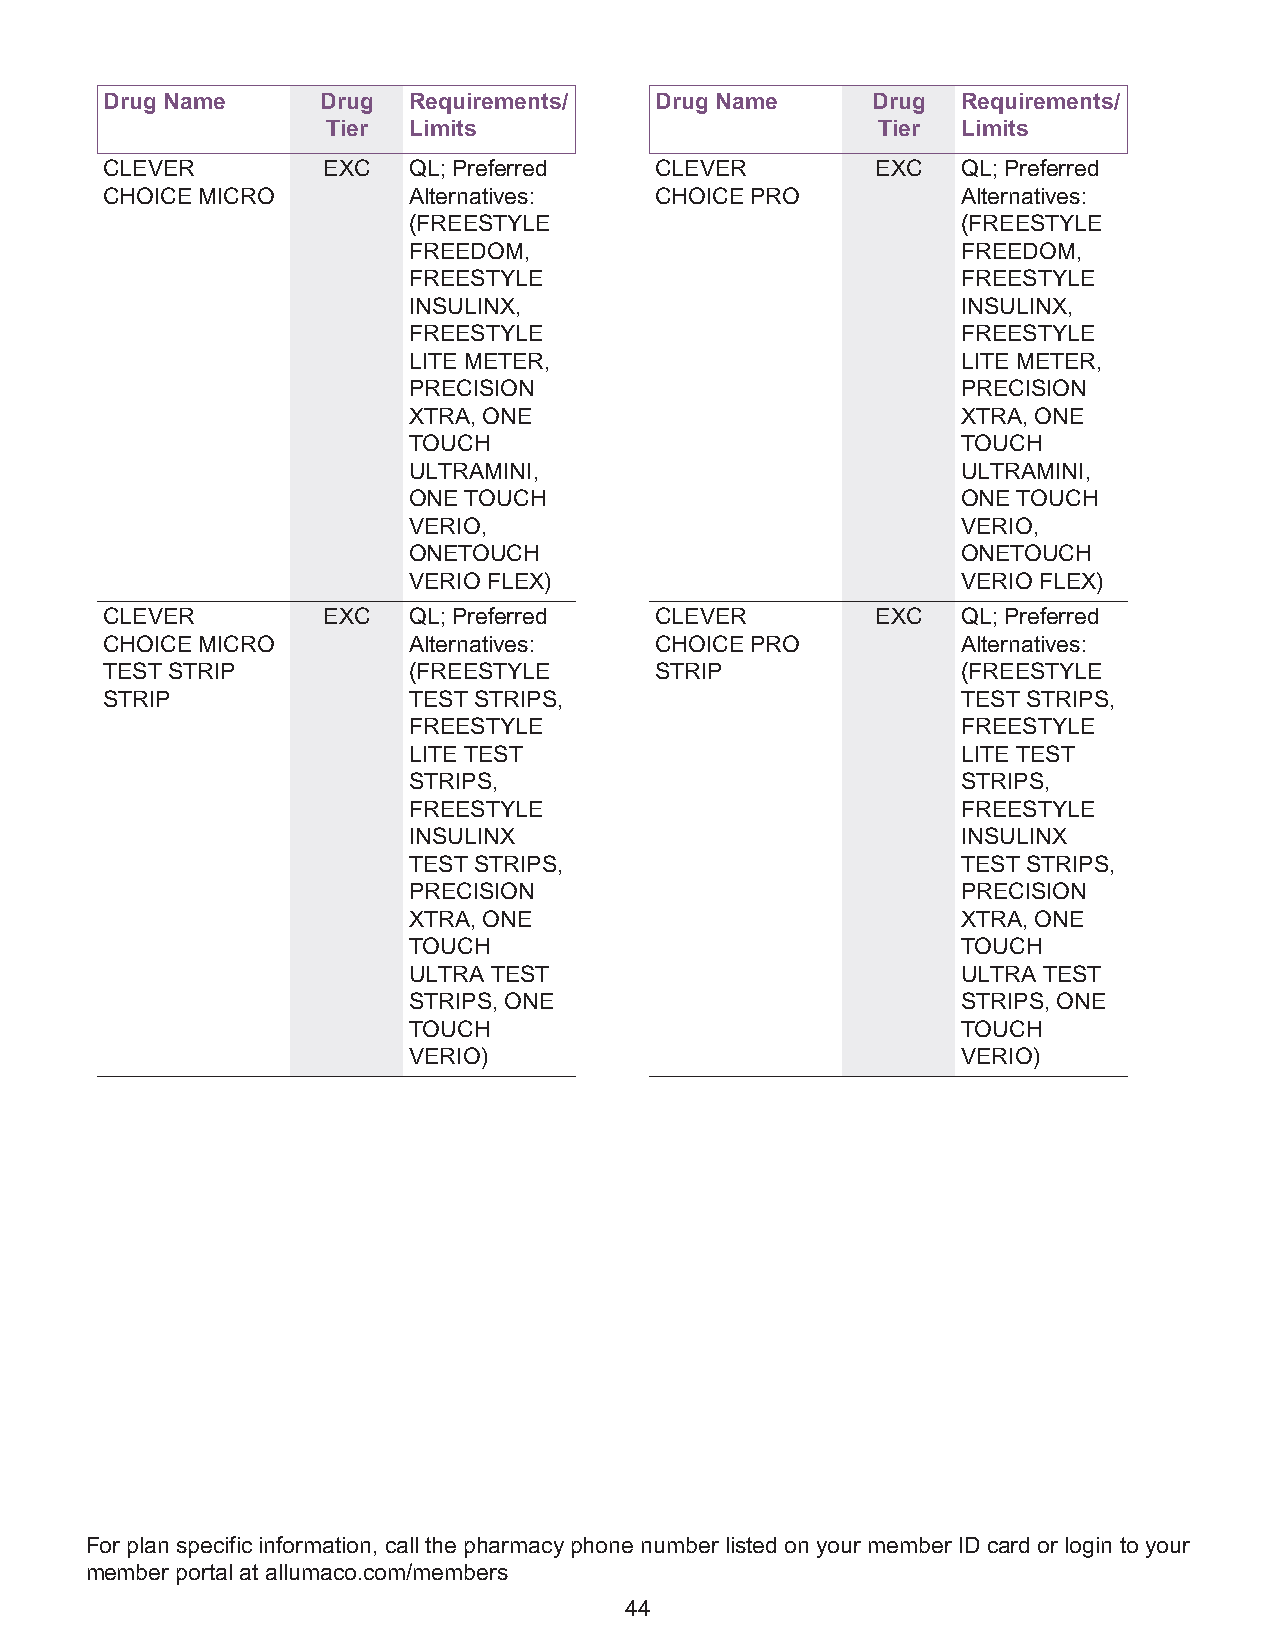
Drug Name     Drug  Requirements/   Drug Name      Drug  Requirements/
 Tier Limits                         Tier  Limits
 CLEVER        EXC   QL; Preferred   CLEVER         EXC   QL; Preferred
 CHOICE MICRO        Alternatives:   CHOICE PRO           Alternatives:
 (FREESTYLE                           (FREESTYLE
 FREEDOM,                             FREEDOM,
 FREESTYLE                            FREESTYLE
 INSULINX,                            INSULINX,
 FREESTYLE                            FREESTYLE
 LITE METER,                          LITE METER,
 PRECISION                            PRECISION
 XTRA, ONE                            XTRA, ONE
 TOUCH                                TOUCH
 ULTRAMINI,                           ULTRAMINI,
 ONE TOUCH                            ONE TOUCH
 VERIO,                               VERIO,
 ONETOUCH                             ONETOUCH
 VERIO FLEX)                          VERIO FLEX)
 CLEVER        EXC   QL; Preferred   CLEVER         EXC   QL; Preferred
 CHOICE MICRO        Alternatives:   CHOICE PRO           Alternatives:
 TEST STRIP          (FREESTYLE      STRIP                (FREESTYLE
 STRIP               TEST STRIPS,                         TEST STRIPS,
 FREESTYLE                            FREESTYLE
 LITE TEST                            LITE TEST
 STRIPS,                              STRIPS,
 FREESTYLE                            FREESTYLE
 INSULINX                             INSULINX
 TEST STRIPS,                         TEST STRIPS,
 PRECISION                            PRECISION
 XTRA, ONE                            XTRA, ONE
 TOUCH                                TOUCH
 ULTRA TEST                           ULTRA TEST
 STRIPS, ONE                          STRIPS, ONE
 TOUCH                                TOUCH
 VERIO)                               VERIO)
 For plan specific information, call the pharmacy phone number listed on your member ID card or login to your
 member portal at allumaco.com/members
 44